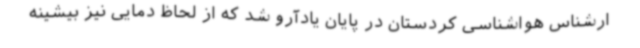
ارشناس هواشناسی کردستان در پایان یادآرو شد که از لحاظ دمایی نیز بیشینه